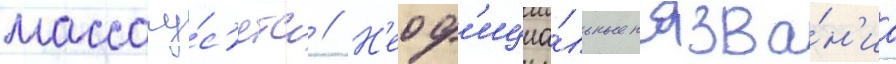
массачу́с'етс // Н'еоф'ициа́льные назва́н'иа